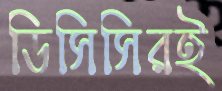
ডিসিসিরই